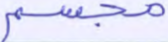
مجسم